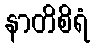
နာတိစိရံ